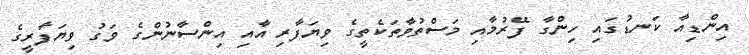
އިންޑިއާ ކަނޑުގައި ހިންގާ ފޭރުމާއި މަސްތުވާތަކެތީގެ ވިޔަފާރި އާއި އިންސާނުންގެ ވަގު ވިޔަފާރީގެ